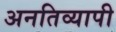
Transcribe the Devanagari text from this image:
अनतिव्यापी